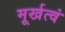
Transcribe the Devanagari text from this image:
मूर्खत्वं